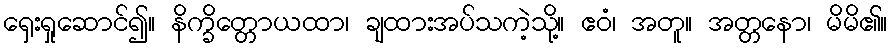
ရှေးရှုဆောင်၍။ နိက္ခိတ္တောယထာ၊ ချထားအပ်သကဲ့သို့။ ဧဝံ၊ အတူ။ အတ္တနော၊ မိမိ၏။